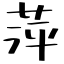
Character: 萍